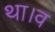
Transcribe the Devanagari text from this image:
था।व